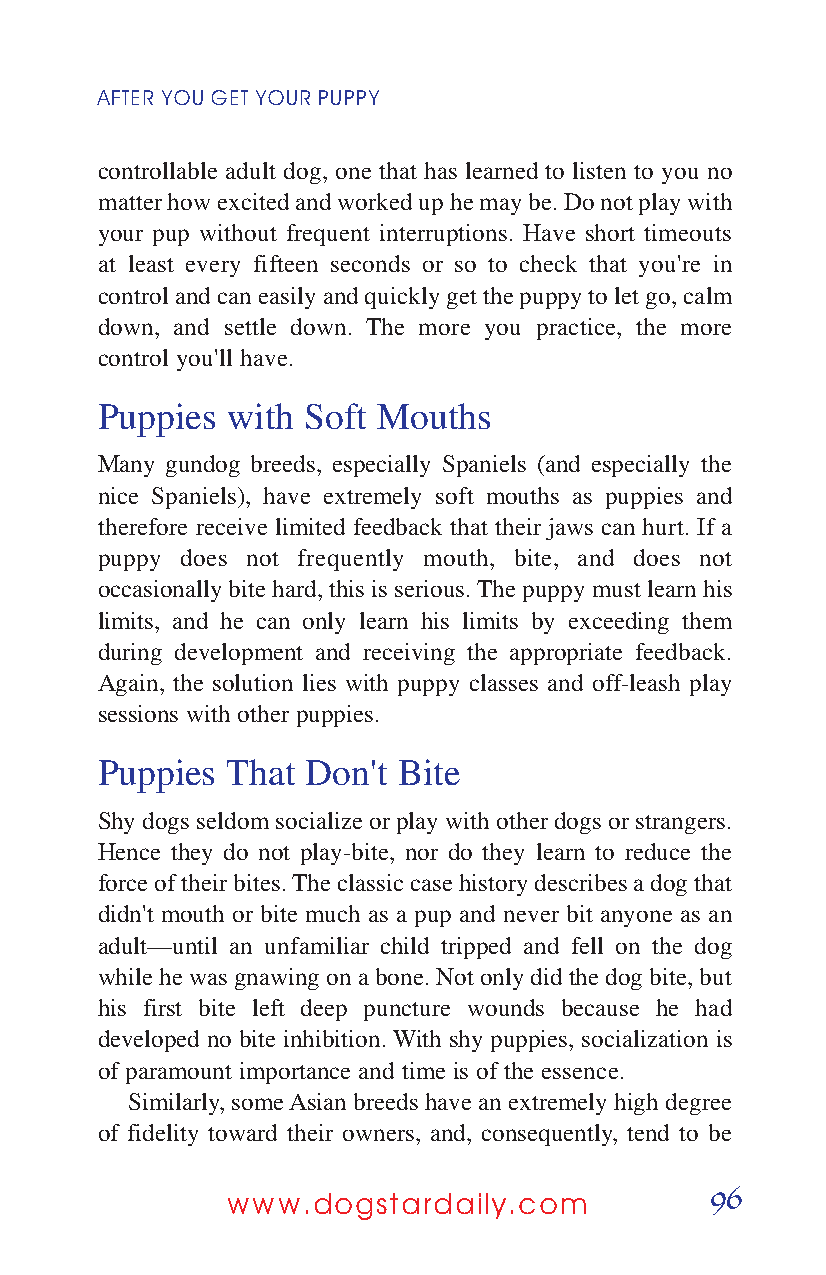
AFTER YOUGETYOURPUPPY
 controllable adult dog, one that has learned to listen to you no
 matter how excited and worked up he may be. Do not play with
 your pup without frequent interruptions. Have short timeouts
 at least every fifteen seconds or so to check that you're in
 control and can easily and quickly get the puppy to let go, calm
 down, and settle down. The more you practice, the more
 control you'll have.
 Puppies  with Soft Mouths
 Many gundog breeds, especially Spaniels (and especially the
 nice Spaniels), have extremely soft mouths as puppies and
 therefore receive limited feedback that their jaws can hurt. If a
 puppy does not frequently mouth, bite, and does not
 occasionally bite hard, this is serious. The puppy must learn his
 limits, and he can only learn his limits by exceeding them
 during development and receiving the appropriate feedback.
 Again, the solution lies with puppy classes and off-leash play
 sessions with other puppies.
 Puppies  That Don't Bite
 Shy dogs seldom socialize or play with other dogs or strangers.
 Hence they do not play-bite, nor do they learn to reduce the
 force of their bites. The classic case history describes a dog that
 didn't mouth or bite much as a pup and never bit anyone as an
 adult—until an unfamiliar child tripped and fell on the dog
 while he was gnawing on a bone. Not only did the dog bite, but
 his first bite left deep puncture wounds because he had
 developed no bite inhibition. With shy puppies, socialization is
 of paramount importance and time is of the essence.
 Similarly, some Asian breeds have an extremely high degree
 of fidelity toward their owners, and, consequently, tend to be
 96
 www.dogstardaily.com